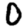
Digit: 0